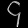
Digit: ၄